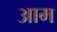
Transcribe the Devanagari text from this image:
अाम